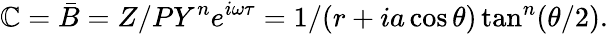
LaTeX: \mathbb{C}=\bar{{B}}=Z/PY^{n}e^{i\omega\tau}=1/(r+ia\cos\theta)\tan^{n}(\theta/2).